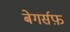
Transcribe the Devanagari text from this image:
बेगर्सफ़